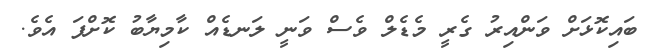
ބައިކޮޅަށް ވަންއިރު ގެރީ މެޑެލް ވެސް ވަނީ ލަނޑެއް ކާމިޔާބު ކޮށްފަ އެވެ.